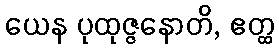
ယေန ပုထုဇ္ဇနောတိ, ဧတ္ထ